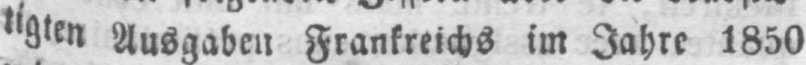
tigten Ausgaben Frankreichs im Jahre 1850